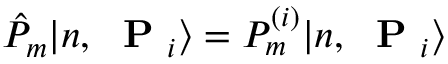
\hat { P } _ { m } | n , \mathrm { ~ \bf ~ P ~ } _ { i } \rangle = P _ { m } ^ { ( i ) } | n , \mathrm { ~ \bf ~ P ~ } _ { i } \rangle